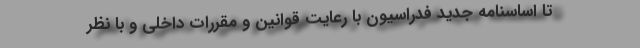
تا اساسنامه جدید فدراسیون با رعایت قوانین و مقررات داخلی و با نظر